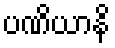
ပဏိယာနိ